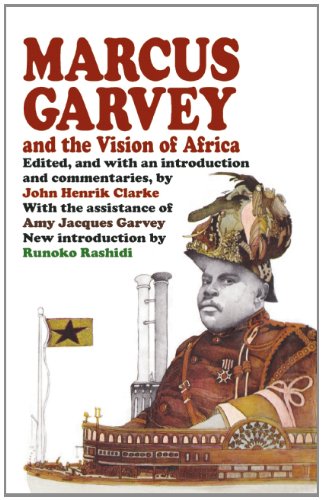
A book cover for Marcus Garvey and the Vision of Africa; History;